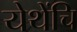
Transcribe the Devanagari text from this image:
येथेंचि